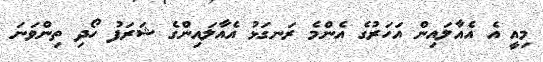
މިއީ އެ އެއާލައިން އަހަރުގެ އެންމެ ރަނގަޅު އެއާލައިންގެ ޝަރަފު ހޯދި ތިންވަނަ